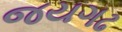
જયગઢ